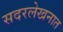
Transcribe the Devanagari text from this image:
सदरलेखनात